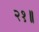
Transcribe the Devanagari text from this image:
२१॥